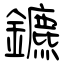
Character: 鑣